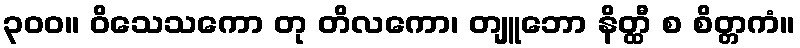
၃၀၀။ ဝိသေသကော တု တိလကော၊ တျူဘော နိတ္ထီ စ စိတ္တကံ။